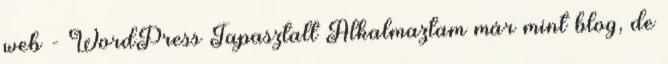
web - WordPress Tapasztalt Alkalmaztam már mint blog, de